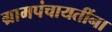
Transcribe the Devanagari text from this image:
ग्रामपंचायतींना